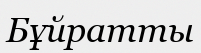
Бұйратты